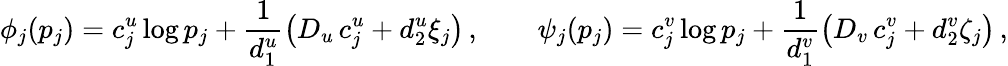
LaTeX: \phi_{j}(p_{j})=c_{j}^{u}\log p_{j}+\frac{1}{d_{1}^{u}}\left(D_{u}\, c_{j}^{u}+d_{2}^{u}\xi_{j}\right)\, ,\qquad\psi_{j}(p_{j})=c_{j}^{v}\log p_{j}+\frac{1}{d_{1}^{v}}\left(D_{v}\, c_{j}^{v}+d_{2}^{v}\zeta_{j}\right)\, ,